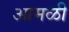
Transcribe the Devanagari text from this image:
आमळी